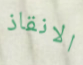
الانقاذ